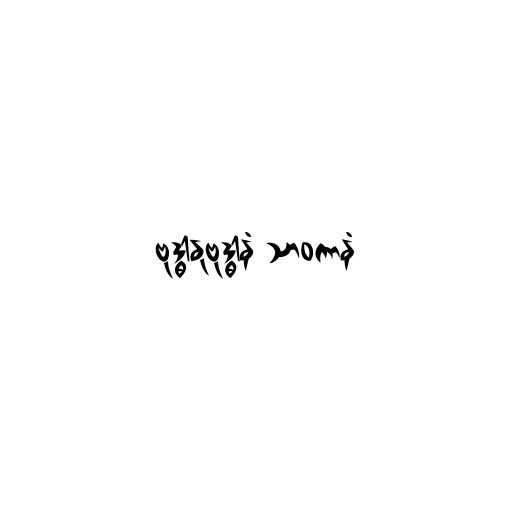
ဗုဒ္ဓါနုဗုဒ္ဓါနံ သာဝကာနံ